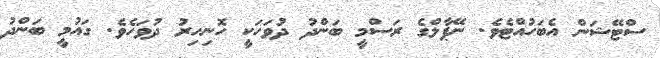
ސްޓޭޝަން އެބަހުއްޓެވެ. ނޭޕާލްގެ ރަސްމީ ބަންދު ދުވަހަކީ ހޮނިހިރު ދުވަހެވެ. ގައުމީ ބަންދު